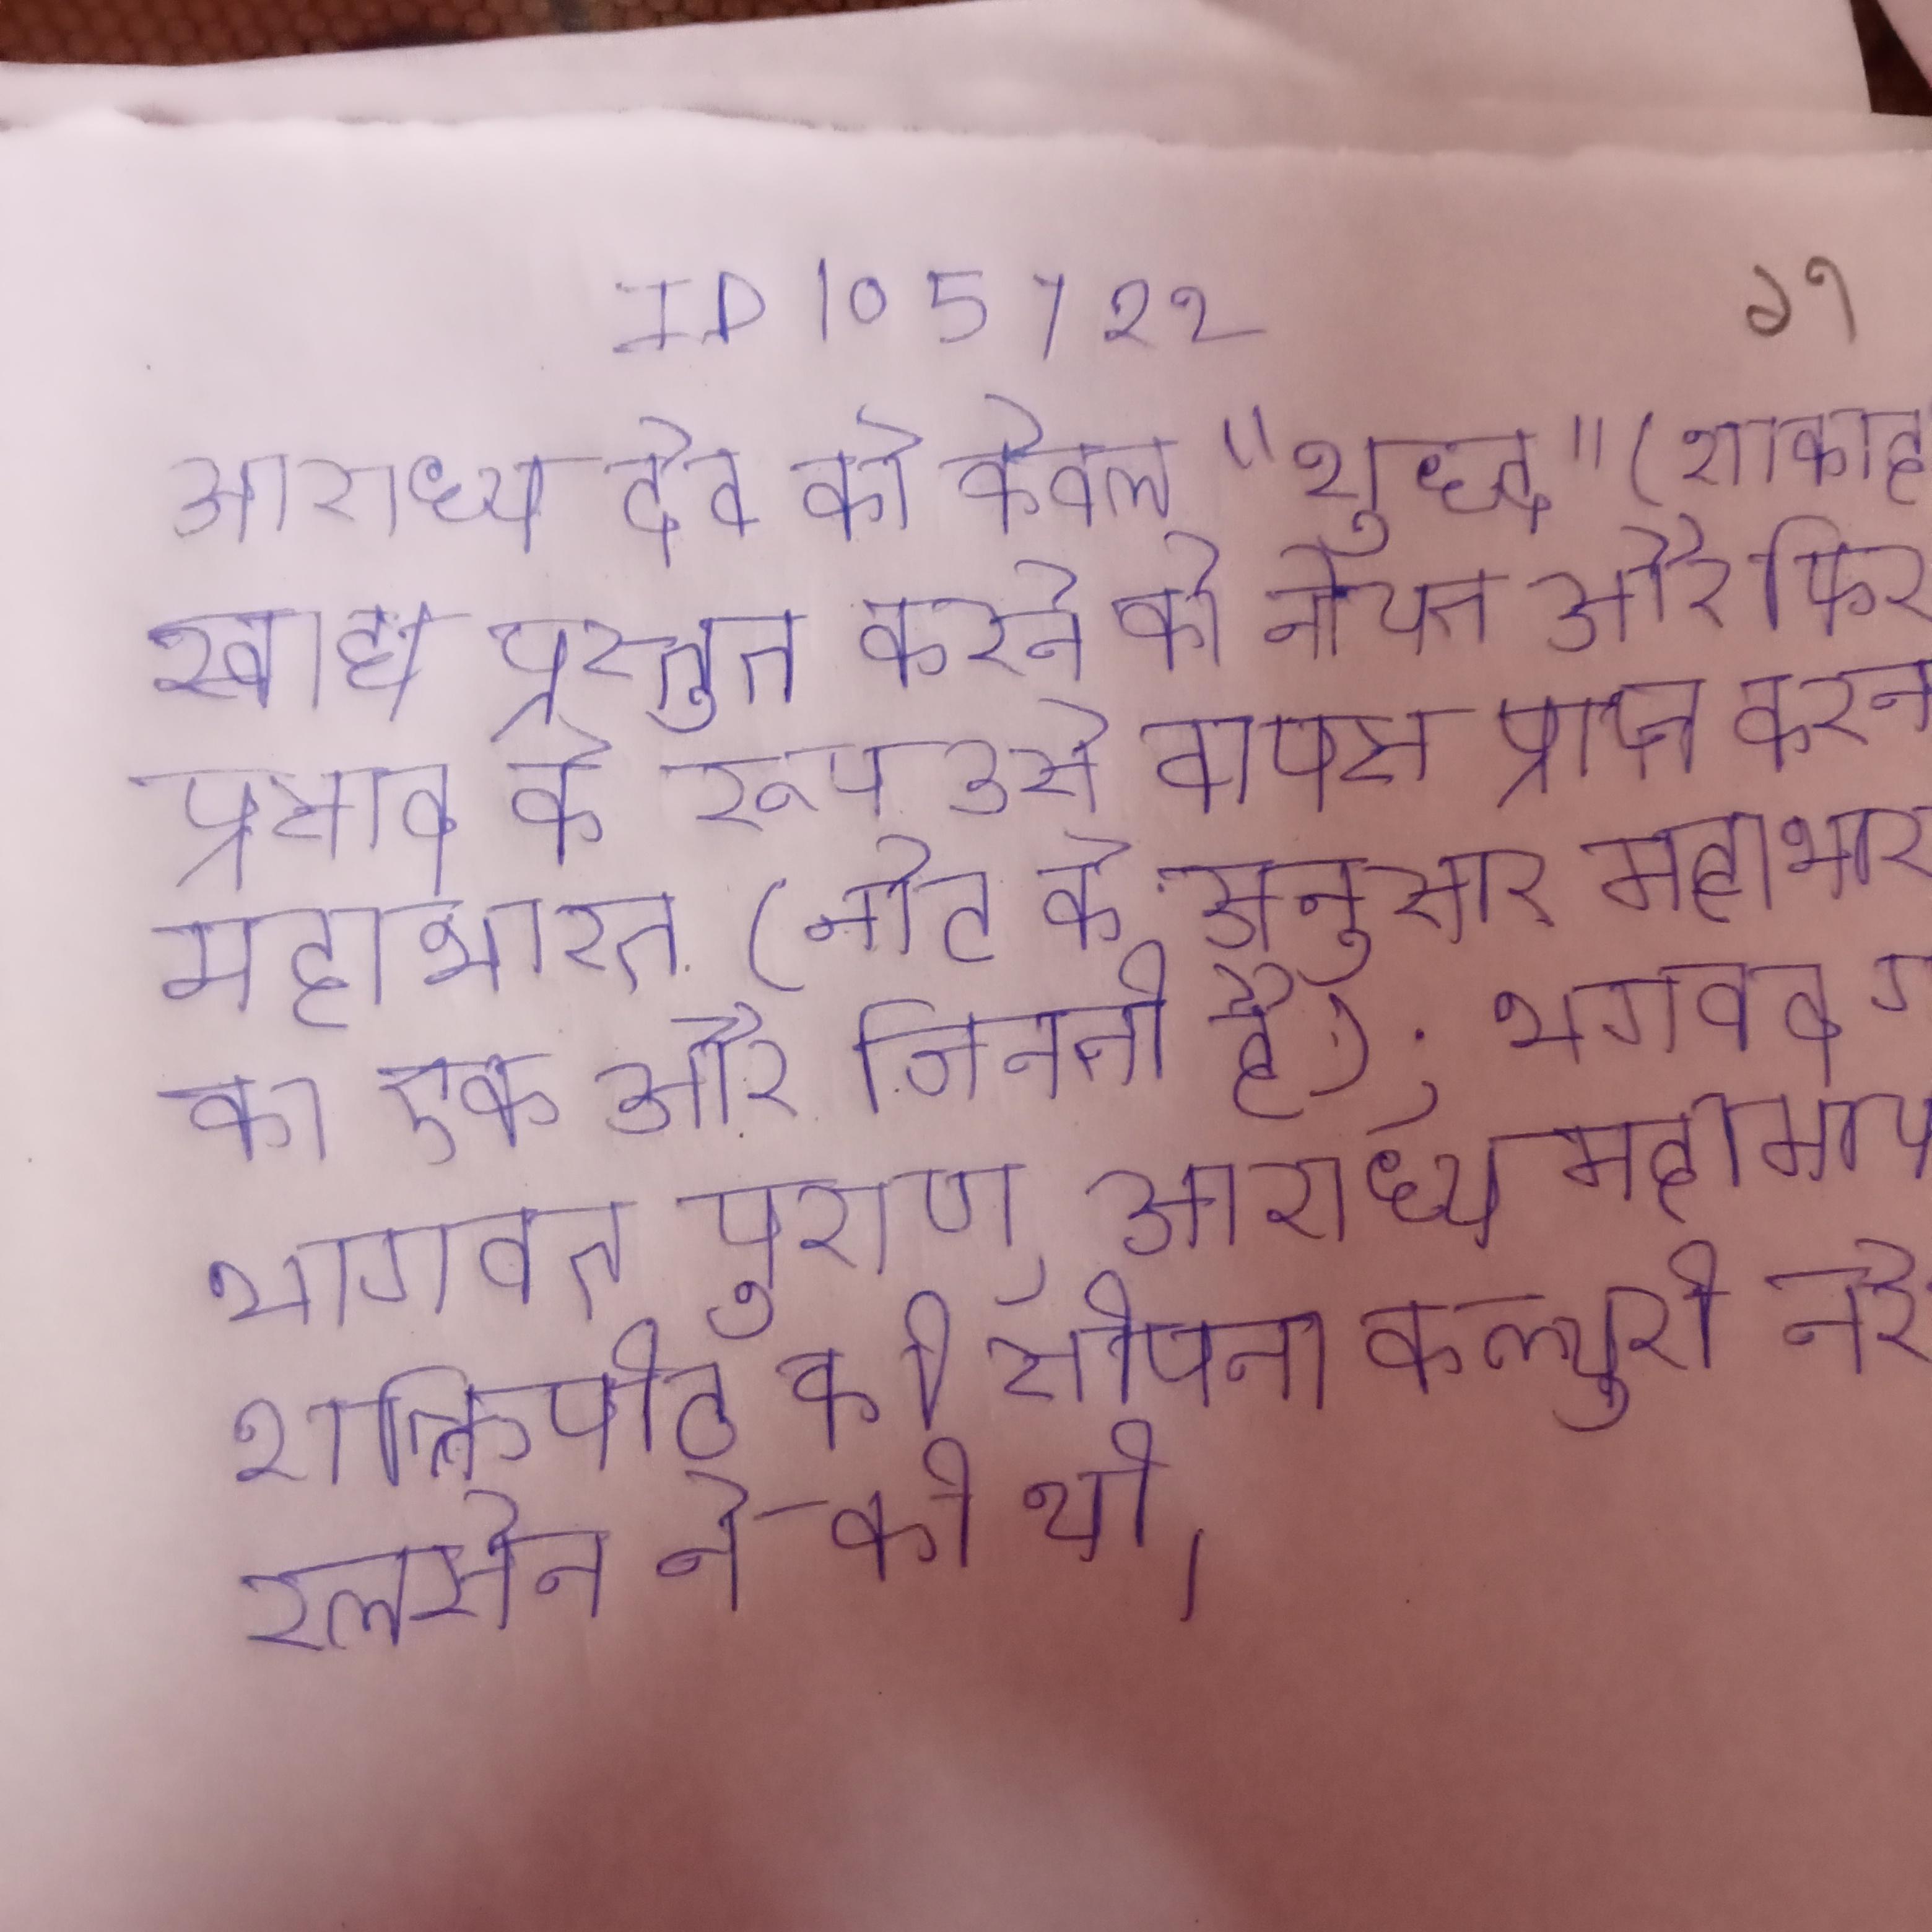
आराध्य देव को केवल "शुद्ध" (शाकाहारी) खाद्य प्रस्तुत करने की नीयत और फिर प्रसाद के रूप उसे वापस प्राप्त करना; महाभारत (नोट के अनुसार महाभारत का एक और गिनती है); भगवद गीता भागवत पुराण . आराध्य महामाया शक्तिपीठ की सीपना कल्चुरी नरेश रत्नसेन ने की थी ।